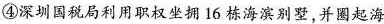
④深圳国税局利用职权坐拥16栋海滨别墅，并圈起海